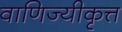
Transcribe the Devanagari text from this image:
वाणिज्यीकृत्त